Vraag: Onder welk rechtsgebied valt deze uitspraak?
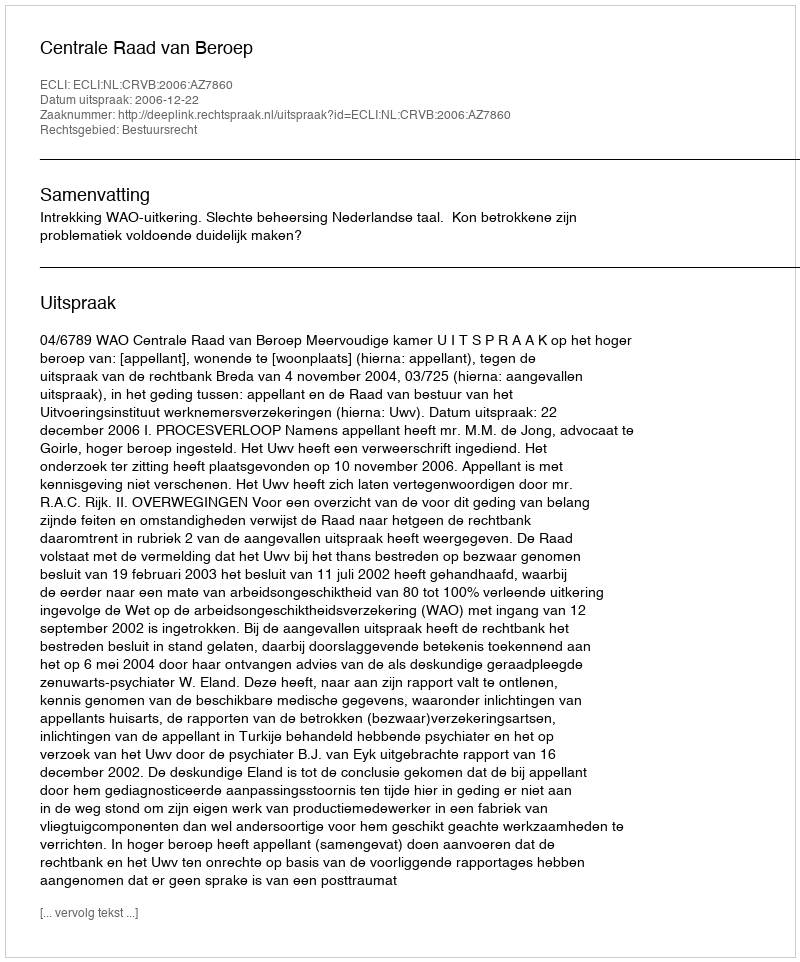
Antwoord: Bestuursrecht